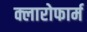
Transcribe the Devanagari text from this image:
क्लारोफार्म